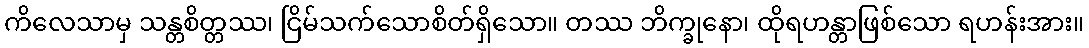
ကိလေသာမှ သန္တစိတ္တဿ၊ ငြိမ်သက်သောစိတ်ရှိသော။ တဿ ဘိက္ခုနော၊ ထိုရဟန္တာဖြစ်သော ရဟန်းအား။